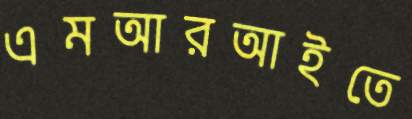
এমআরআইতে